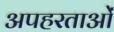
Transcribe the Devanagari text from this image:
अपहरताओं